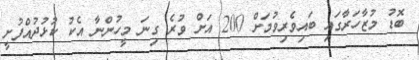
ބޮޑު މުޒާހަރާގައި ބައިވެރިވުމަށް 200 އަށް ވުރެ ގިނަ މީހުންނާ އެކު ކުޅުދުއްފުށީ